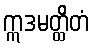
ဣဒမတ္ထိတံ